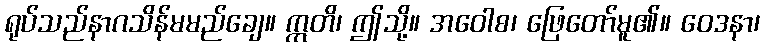
ရုပ်သည်နာဂသိန်မမည်ချေ။ ဣတိ၊ ဤသို့။ အဝေါစ၊ ဖြေတော်မူ၏။ ဝေဒနာ၊